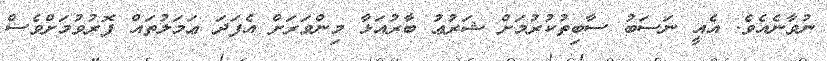
ނުވާނެއެވެ. އެއީ ނަސަބު ސާބިތުކުރުމަށް ޝަރުޢު ބާރުއަޅާ މިންވަރަށް އެފަދަ ޢަމަލުތައް ފޮރުވުމަށްވެސް